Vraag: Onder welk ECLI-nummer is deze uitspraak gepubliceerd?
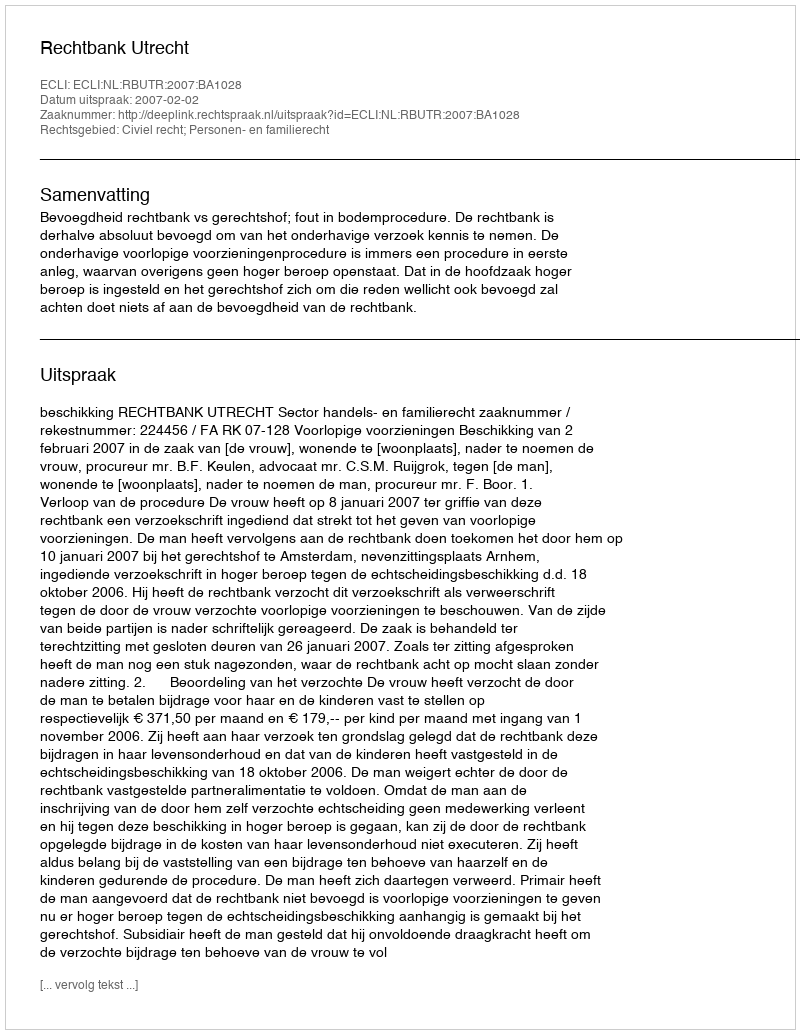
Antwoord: ECLI:NL:RBUTR:2007:BA1028